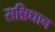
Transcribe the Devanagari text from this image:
सन्निधान